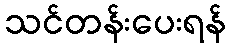
သင်တန်းပေးရန်